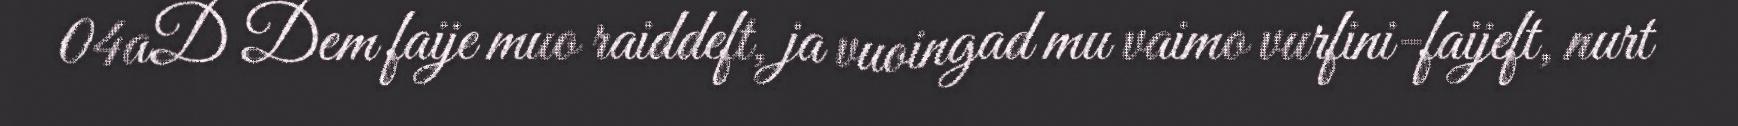
04aD Dem faije muo raiddeft, ja vuoingad mu vaimo vurfini-faijeft, nurt